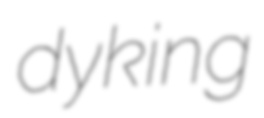
dyking